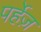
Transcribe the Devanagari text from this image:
पर्हेज़